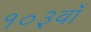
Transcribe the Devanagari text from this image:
१०३वाँ